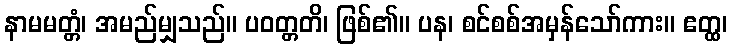
နာမမတ္တံ၊ အမည်မျှသည်။ ပဝတ္တတိ၊ ဖြစ်၏။ ပန၊ စင်စစ်အမှန်သော်ကား။ ဧတ္ထ၊